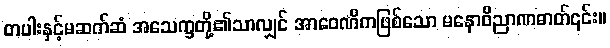
တပါးနှင့်မဆက်ဆံ အသေက္ခတို့၏သာလျှင် အာဝေဏိကဖြစ်သော မနောဝိညာဏဓာတ်၎င်း။